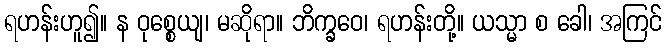
ရဟန်းဟူ၍။ န ဝုစ္စေယျ၊ မဆိုရာ။ ဘိက္ခဝေ၊ ရဟန်းတို့။ ယသ္မာ စ ခေါ၊ အကြင်